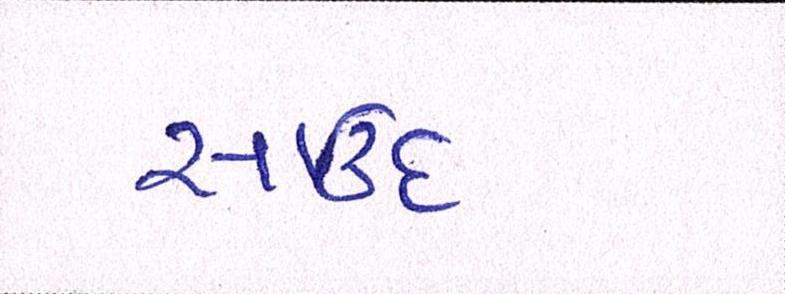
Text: સાઉદ